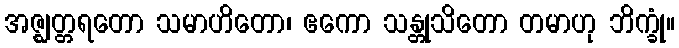
အဇ္ဈတ္တရတော သမာဟိတော၊ ဧကော သန္တုသိတော တမာဟု ဘိက္ခုံ။